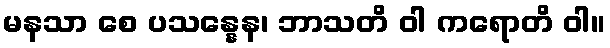
မနသာ စေ ပသန္နေန၊ ဘာသတိ ဝါ ကရောတိ ဝါ။